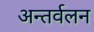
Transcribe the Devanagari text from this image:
अन्तर्वलन